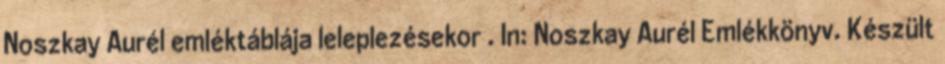
Noszkay Aurél emléktáblája leleplezésekor . In: Noszkay Aurél Emlékkönyv. Készült